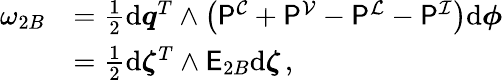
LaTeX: \begin{array}{rl}{\omega_{2B}}&{=\frac{1}{2}\mathrm{d}\boldsymbol{q}^{T}\wedge\left(\mathsf{P}^{\mathcal{C}}+\mathsf{P}^{\mathcal{V}}-\mathsf{P}^{\mathcal{L}}-\mathsf{P}^{\mathcal{I}}\right)\mathrm{d}\boldsymbol{\phi}}\\ &{=\frac{1}{2}\mathrm{d}\boldsymbol{\zeta}^{T}\wedge\mathsf{E}_{2B}\mathrm{d}\boldsymbol{\zeta}\, ,}\end{array}